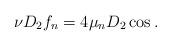
LaTeX: \begin{align*} \nu D_2 f_n = 4\mu_n D_2 \cos .\end{align*}